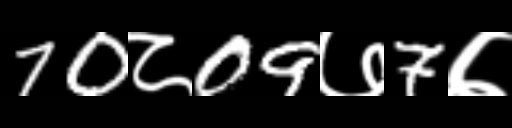
Text: 70८09७7७